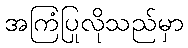
အကြံပြုလိုသည်မှာ